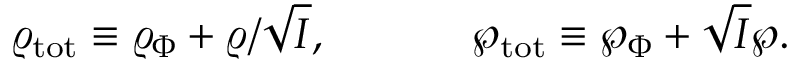
\varrho _ { \mathrm { t o t } } \equiv \varrho _ { \Phi } + \varrho / \sqrt { I } , \ \ \ \ \ \ \ \ \ \ \wp _ { \mathrm { t o t } } \equiv \wp _ { \Phi } + \sqrt { I } \wp .